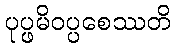
ပုပ္ဖမိဝပ္ပစေဿတိ